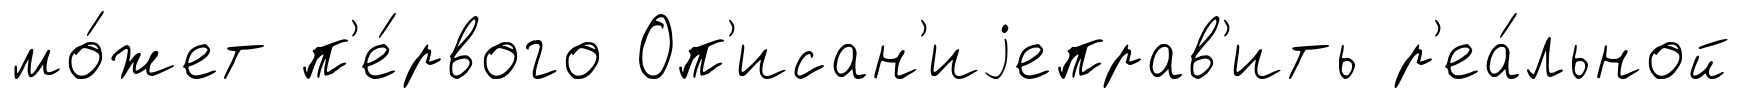
мо́жет п'е́рвого Оп'исан'иjеправ'ить р'еа́льной